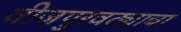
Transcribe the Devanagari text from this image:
वीजपुरवठ्याचा